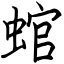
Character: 䗆